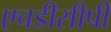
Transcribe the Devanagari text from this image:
एचडीसीपी